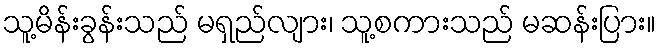
သူ့မိန်းခွန်းသည် မရှည်လျား၊ သူ့စကားသည် မဆန်းပြား။